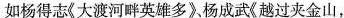
如杨得志《大渡河畔英雄多》、杨成武《越过夹金山，